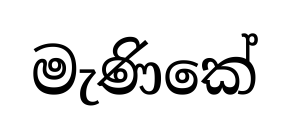
මැණිකේ